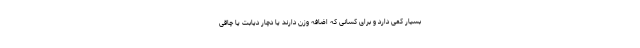
بسیار کمی دارد و برای کسانی که اضافه وزن دارند یا دچار دیابت یا چاقی